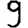
Digit: 9